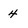
Character: 4